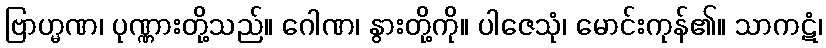
ဗြာဟ္မဏ၊ ပုဏ္ဏားတို့သည်။ ဂေါဏ၊ နွားတို့ကို။ ပါဇေသုံ၊ မောင်းကုန်၏။ သာကဋံ၊